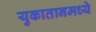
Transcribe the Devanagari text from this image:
युकातानमध्ये